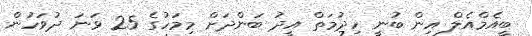
ބީއެމްއެލް އިން ބުނީ ހިދުމަތް އީދު ބަންދަށް މިމަހުގެ 25 ވަނަ ދުވަހުން